Civil Veterinary Dept. Assam report 1927-50 - 1927-1950
Year: 1927
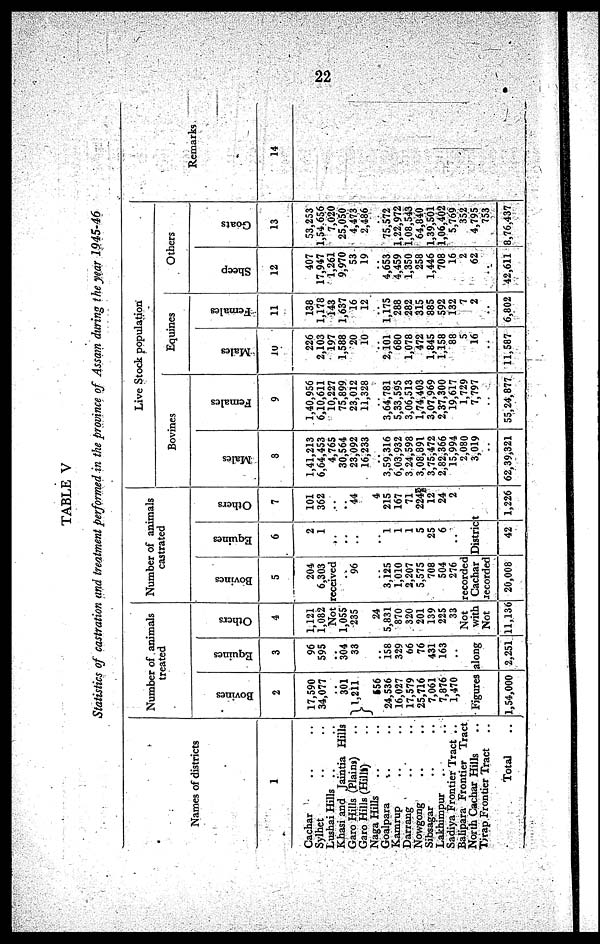
22
TABLE V
Statistics of castration and treatment performed in the province of Assam during the year
1945-46
Names of districts
1
Cachar .. ..
Sylhet .. ..
Lushai Hills .. ..
Khasi and Jaintia Hills
Garo Hills (Plains) ..
Garo Hills (Hills) ..
Naga Hills .. ..
Goalpara .. ..
Kamrup .. ..
Darrang .. ..
Nowgong .. ..
Sibsagar .. ..
Lakhimpur .. ..
Sadiya Frontier Tract ..
Balipara Frontier Tract
North Cachar Hills ..
Tirap Frontier Tract ..
Total ..
Number of animals
treated
Bovines
2
17,590
34,077
..
301
1,211
656
24,536
16,027
17,579
25,716
7,061
7,876
1,470
Equines
3
96
595
..
304
33
..
158
329
66
76
431
163
..
Others
4
1,121
1,082
Not
1,055
235
24
5,831
870
320
201
139
225
33
Number of animals
castrated
Bovines
5
204
6,303
received
..
96
..
3,125
1,010
2,207
5,575
708
504
276
Not recorded
Equines
6
2
1
..
..
..
..
1
1
1
5
25
6
..
Others
7
101
362
..
..
44
4
215
167
71
2248
12
24
2
Figures along
with Cachar District
1,54,000 2,251
Not recorded
11,136 20,008
42 1,226
Live Stock population
Males
8
1,41,213
6,64,453
4,765
30,564
23,092
16,233
..
3,59,316
6,03,932
3 24,598
3,08,891
3,75,472
2,82,366
15,994
2,080
3,019
..
62,39,321
Females
9
1,40,956
6,10,611
10,227
75,899
23,012
11,328
..
3,64,781
5,33,595
3,06,513
1,74,403
3,07,969
2,37,300
19,617
1,729
7,797
..
55,24,877
Males
10
226
2,103
197
1,588
20
10
..
2,101
680
1,078
472
1,845
1,158
88
5
16
..
11,587
Females
11
138
1,178
143
1,637
16
12
..
1,175
288
282
315
885
592
132
7
2
..
6,802
Sheep
12
407
17,947
1,261
9,970
53
19
..
4,653
4,459
1,350
258
1,446
708
16
2
62
..
42,611
Goats
13
53,253
1,54 656
7,020
25,050
4,473
2,486
..
75,572
1,22,972
1,08,543
64,840
1,39,501
1,06,402
5,769
352
4,795
753
8,76,437
Remarks
14